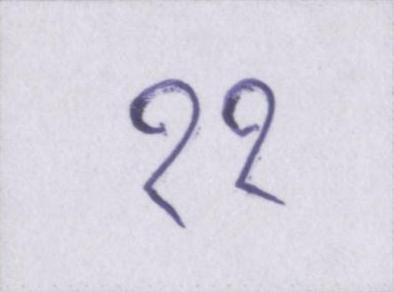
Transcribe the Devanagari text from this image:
११